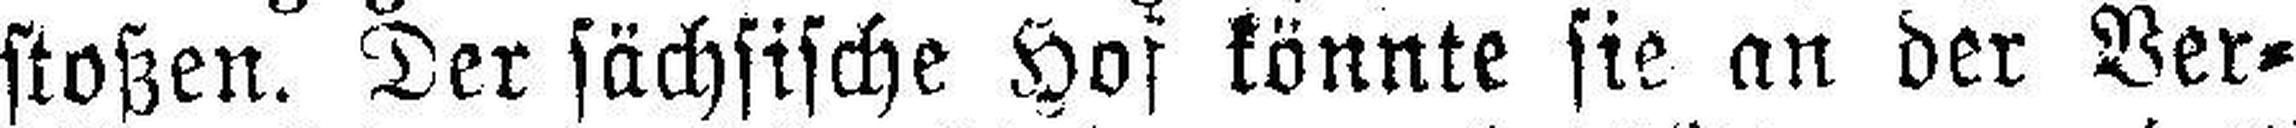
stoßen. Der sächsische Hof könnte sie an der Ver¬